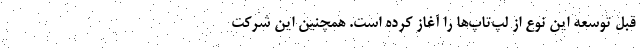
قبل توسعه این نوع از لپ‌تاپ‌ها را آغاز کرده است. همچنین این شرکت